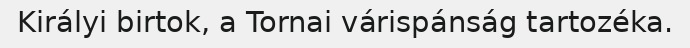
Királyi birtok, a Tornai várispánság tartozéka.